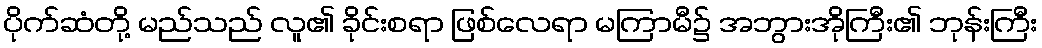
ပိုက်ဆံတို့ မည်သည် လူ၏ ခိုင်းစရာ ဖြစ်လေရာ မကြာမီ၌ အဘွားအိုကြီး၏ ဘုန်းကြီး